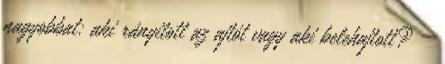
nagyobbat: aki rányitott az ajtót vagy aki belehajtott? –